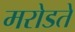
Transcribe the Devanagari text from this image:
मरोडते